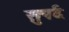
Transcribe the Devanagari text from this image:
सुपर्द